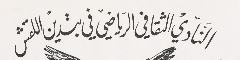
النَادي الثقافي الرياضي في بتدين اللقش